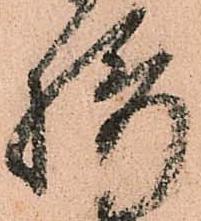
攝